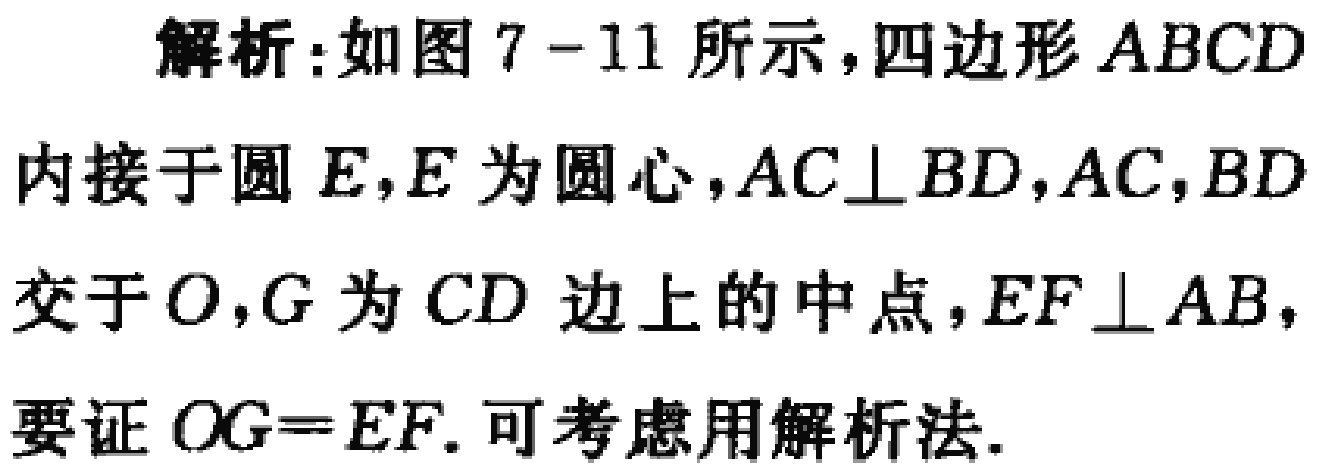
解析:如图7 - 11所示，四边形 \(ABCD\) 内接于圆 \(E\)，\(E\) 为圆心，\(AC\perp BD\)，\(AC\)，\(BD\) 交于 \(O\)，\(G\) 为 \(CD\) 边上的中点，\(EF\perp AB\)，要证 \(OG = EF\). 可考虑用解析法.